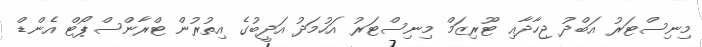
މިނިސްޓަރު އަބްދު ޖިހާދާއި ޓޫރިޒަމް މިނިސްޓަރު އަހުމަދު އަދީބުގެ އިތުރުން ޓްރާންސްޕޯޓް އެންޑް